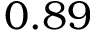
0 . 8 9